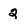
Character: 2